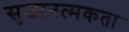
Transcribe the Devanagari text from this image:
सृजानत्मकता